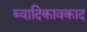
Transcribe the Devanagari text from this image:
ब्वादिकावकाद